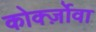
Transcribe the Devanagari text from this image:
कोर्क्ज़ोवा